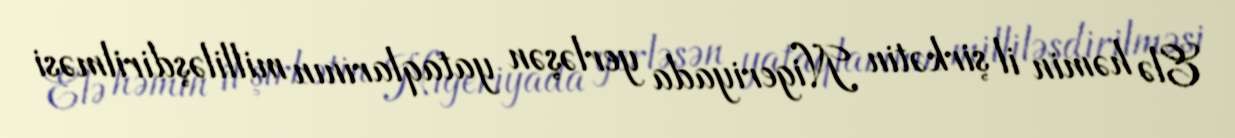
Elə həmin il şirkətin Nigeriyada yerləşən yataqlarının milliləşdirilməsi